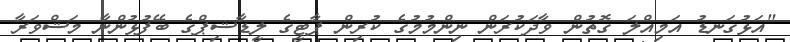
"އަޅުގަނޑު އަމިއްލަ ގޮތުން ވާދަކުރަން ނިންމުމުގެ ކުރިން ޕާޓީގެ ލީޑާޝިޕްގެ ބޭފުޅުންނާ މަޝްވަރާ